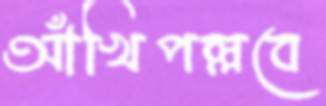
আঁখিপল্লবে